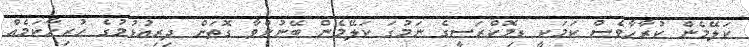
ކަލޭމެން ކުރާހާވެސް ކަމަކީ ޑިމޮކްރަސީގެ ނަމުގަ ކަލޭމެން ބޭނުންވާ ގޮތަށް ދިރިއުޅުމުގެ ހުރިހާކަމެއް